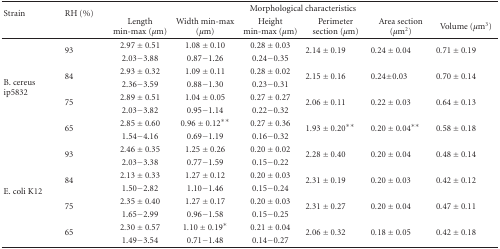
<table><thead><tr><td rowspan="2"><b>Strain</b></td><td rowspan="2"><b>RH (%)</b></td><td colspan="6"><b>Morphological characteristics</b></td></tr><tr><td><b>Length min-max (<i>μ</i>m)</b></td><td><b>Width min-max (<i>μ</i>m)</b></td><td><b>Height min-max (<i>μ</i>m)</b></td><td><b>Perimeter section (<i>μ</i>m)</b></td><td><b>Area section (<i>μ</i>m2)</b></td><td><b>Volume (<i>μ</i>m<sup>3</sup>)</b></td></tr></thead><tbody><tr><td rowspan="8">B. cereusip5832</td><td rowspan="2">93</td><td>2.97 ± 0.51</td><td>1.08 ± 0.10</td><td>0.28 ± 0.03</td><td rowspan="2">2.14 ± 0.19</td><td rowspan="2">0.24 ± 0.04</td><td rowspan="2">0.71 ± 0.19</td></tr><tr><td>2.03−3.88</td><td>0.87−1.26</td><td>0.24−0.35</td></tr><tr><td rowspan="2">84</td><td>2.93 ± 0.32</td><td>1.09 ± 0.11</td><td>0.28 ± 0.02</td><td rowspan="2">2.15 ± 0.16</td><td rowspan="2">0.24±0.03</td><td rowspan="2">0.70 ± 0.14</td></tr><tr><td>2.36−3.59</td><td>0.88−1.30</td><td>0.23−0.31</td></tr><tr><td rowspan="2">75</td><td>2.89 ± 0.51</td><td>1.04 ± 0.05</td><td>0.27 ± 0.27</td><td rowspan="2">2.06 ± 0.11</td><td rowspan="2">0.22 ± 0.03</td><td rowspan="2">0.64 ± 0.13</td></tr><tr><td>2.03−3.82</td><td>0.95−1.14</td><td>0.22−0.32</td></tr><tr><td rowspan="2">65</td><td>2.85 ± 0.60</td><td>0.96 ± 0.12**</td><td>0.27 ± 0.36</td><td rowspan="2">1.93 ± 0.20**</td><td rowspan="2">0.20 ± 0.04**</td><td rowspan="2">0.58 ± 0.18</td></tr><tr><td>1.54−4.16</td><td>0.69−1.19</td><td>0.16−0.32</td></tr><tr><td rowspan="8">E. coli K12</td><td rowspan="2">93</td><td>2.46 ± 0.35</td><td>1.25 ± 0.26</td><td>0.20 ± 0.02</td><td rowspan="2">2.28 ± 0.40</td><td rowspan="2">0.20 ± 0.04</td><td rowspan="2">0.48 ± 0.14</td></tr><tr><td>2.03−3.38</td><td>0.77−1.59</td><td>0.15−0.22</td></tr><tr><td rowspan="2">84</td><td>2.13 ± 0.33</td><td>1.27 ± 0.12</td><td>0.20 ± 0.03</td><td rowspan="2">2.31 ± 0.19</td><td rowspan="2">0.20 ± 0.03</td><td rowspan="2">0.42 ± 0.12</td></tr><tr><td>1.50−2.82</td><td>1.10−1.46</td><td>0.15−0.24</td></tr><tr><td rowspan="2">75</td><td>2.35 ± 0.40</td><td>1.27 ± 0.17</td><td>0.20 ± 0.03</td><td rowspan="2">2.31 ± 0.27</td><td rowspan="2">0.20 ± 0.04</td><td rowspan="2">0.47 ± 0.11</td></tr><tr><td>1.65−2.99</td><td>0.96−1.58</td><td>0.15−0.25</td></tr><tr><td rowspan="2">65</td><td>2.30 ± 0.57</td><td>1.10 ± 0.19*</td><td>0.21 ± 0.04</td><td rowspan="2">2.06 ± 0.32</td><td rowspan="2">0.18 ± 0.05</td><td rowspan="2">0.42 ± 0.18</td></tr><tr><td>1.49−3.54</td><td>0.71−1.48</td><td>0.14−0.27</td></tr></tbody></table>